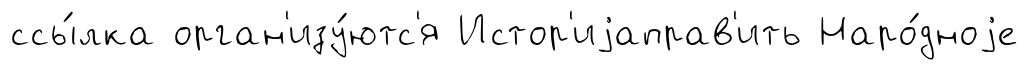
ссы́лка орган'изу́ютс'я Истор'иjаправ'ить Наро́дноjе